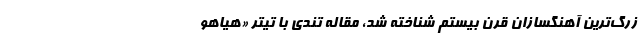
زرگ‌ترین آهنگسازان قرن بیستم شناخته شد، مقاله تُندی با تیتر «هیاهو